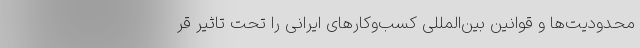
محدودیت‌ها و قوانین بین‌المللی کسب‌وکارهای ایرانی را تحت تاثیر قر